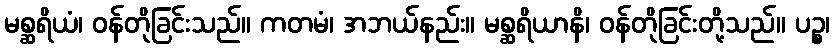
မစ္ဆရိယံ၊ ဝန်တိုခြင်းသည်။ ကတမံ၊ အဘယ်နည်း။ မစ္ဆရိယာနိ၊ ဝန်တိုခြင်းတို့သည်။ ပဉ္စ၊